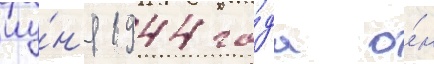
иу́н'я 1944 го́да о́н